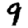
Digit: 9